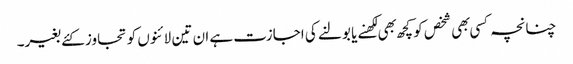
چنانچہ کسی بهی شخص کو کچھ بهی لکهنے یا بولنے کی اجازت ہے ان تین لائنوں کو تجاوز کئے بغیر۔